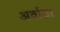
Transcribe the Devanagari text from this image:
अर्वाया